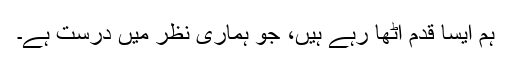
ہم ایسا قدم اٹھا رہے ہیں، جو ہماری نظر میں درست ہے۔